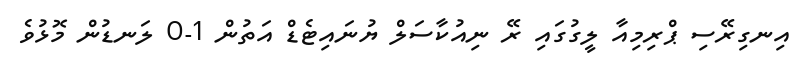
އިނގިރޭސި ޕްރިމިއާ ލީގުގައި ރޭ ނިއުކާސަލް ޔުނައިޓެޑް އަތުން 1-0 ލަނޑުން މޮޅުވެ